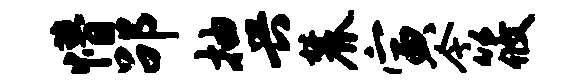
懵劭抽兴麓寅今筱